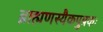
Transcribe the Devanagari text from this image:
ब्राह्मणस्यैकपुत्रकः